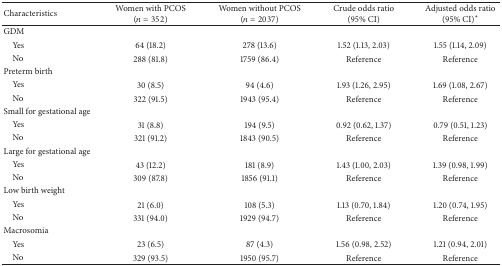
<table><thead><tr><td><b>Characteristics</b></td><td><b>Women with PCOS(<i>n</i> = 352)</b></td><td><b>Women without PCOS(<i>n</i> = 2037)</b></td><td><b>Crude odds ratio (95% CI)</b></td><td><b>Adjusted odds ratio (95% CI)<sup><i>∗</i></sup></b></td></tr></thead><tbody><tr><td>GDM</td><td> </td><td> </td><td> </td><td> </td></tr><tr><td> Yes</td><td>64 (18.2)</td><td>278 (13.6)</td><td>1.52 (1.13, 2.03)</td><td>1.55 (1.14, 2.09)</td></tr><tr><td> No</td><td>288 (81.8)</td><td>1759 (86.4)</td><td>Reference</td><td>Reference</td></tr><tr><td>Preterm birth</td><td> </td><td> </td><td> </td><td> </td></tr><tr><td> Yes</td><td>30 (8.5)</td><td>94 (4.6)</td><td>1.93 (1.26, 2.95)</td><td>1.69 (1.08, 2.67)</td></tr><tr><td> No</td><td>322 (91.5)</td><td>1943 (95.4)</td><td>Reference</td><td>Reference</td></tr><tr><td>Small for gestational age</td><td> </td><td> </td><td> </td><td> </td></tr><tr><td> Yes</td><td>31 (8.8)</td><td>194 (9.5)</td><td>0.92 (0.62, 1.37)</td><td>0.79 (0.51, 1.23)</td></tr><tr><td> No</td><td>321 (91.2)</td><td>1843 (90.5)</td><td>Reference</td><td>Reference</td></tr><tr><td>Large for gestational age</td><td> </td><td> </td><td> </td><td> </td></tr><tr><td> Yes</td><td>43 (12.2)</td><td>181 (8.9)</td><td>1.43 (1.00, 2.03)</td><td>1.39 (0.98, 1.99)</td></tr><tr><td> No</td><td>309 (87.8)</td><td>1856 (91.1)</td><td>Reference</td><td>Reference</td></tr><tr><td>Low birth weight</td><td> </td><td> </td><td> </td><td> </td></tr><tr><td> Yes</td><td>21 (6.0)</td><td>108 (5.3)</td><td>1.13 (0.70, 1.84)</td><td>1.20 (0.74, 1.95)</td></tr><tr><td> No</td><td>331 (94.0)</td><td>1929 (94.7)</td><td>Reference</td><td>Reference</td></tr><tr><td>Macrosomia</td><td> </td><td> </td><td> </td><td> </td></tr><tr><td> Yes</td><td>23 (6.5)</td><td>87 (4.3)</td><td>1.56 (0.98, 2.52)</td><td>1.21 (0.94, 2.01)</td></tr><tr><td> No</td><td>329 (93.5)</td><td>1950 (95.7)</td><td>Reference</td><td>Reference</td></tr></tbody></table>